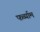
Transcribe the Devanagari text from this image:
फर्व्याम